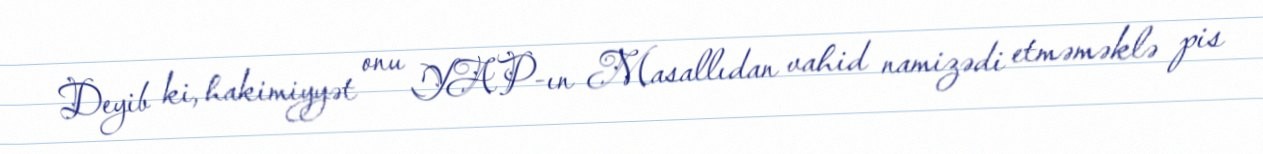
Deyib ki, hakimiyyət onu YAP-ın Masallıdan vahid namizədi etməməklə pis